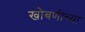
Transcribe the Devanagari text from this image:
खोबणीच्या